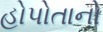
હોપોતાનો